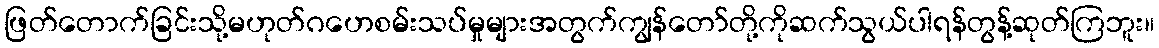
ဖြတ်တောက်ခြင်းသို့မဟုတ်ဂဟေစမ်းသပ်မှုများအတွက်ကျွန်တော်တို့ကိုဆက်သွယ်ပါရန်တွန့်ဆုတ်ကြဘူး။